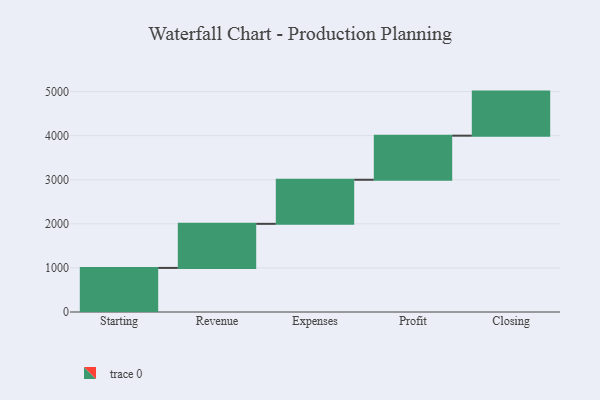
{"axis": {"x": "Step", "y": "Value"}, "legend": [""], "data": [{"x": "Starting", "y": 1000, "type": ""}, {"x": "Revenue", "y": 1000, "type": ""}, {"x": "Expenses", "y": 1000, "type": ""}, {"x": "Profit", "y": 1000, "type": ""}, {"x": "Closing", "y": 1000, "type": ""}]}